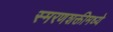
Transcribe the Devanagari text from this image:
स्मरणशक्तीमध्ये